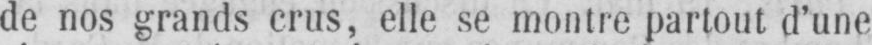
de nos grands crus, elle se montre partout d’une